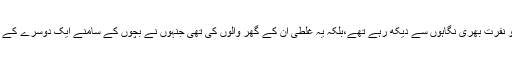
یہ غلطی دراصل ان بچوں کی نہیں تھی جو آج بُت بنے ایک دوسرے کو نفرت بھری نگاہوں سے دیکھ رہے تھے،بلکہ یہ غلطی ان کے گھر والوں کی تھی جنہوں نے بچوں کے سامنے ایک دوسرے کے خلاف باتیں کی تھیں اوردونوں کے دلوں میں نٖفرت کا زہر بھر دیا تھا۔